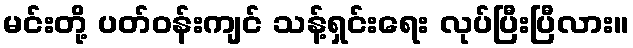
မင်းတို့ ပတ်ဝန်းကျင် သန့်ရှင်းရေး လုပ်ပြီးပြီလား။